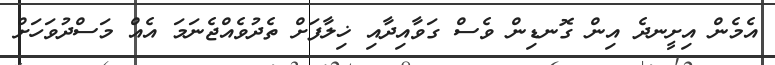
އެމެން އިށީނދެ އިން ގޮނޑިން ވެސް ގަވާއިދާއި ޚިލާފަށް ތެދުވެއްޖެނަމަ އެއް މަސްދުވަހަށް